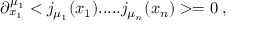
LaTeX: \partial _ { x _ { 1 } } ^ { \mu _ { 1 } } < j _ { \mu _ { 1 } } ( x _ { 1 } ) . . . . . j _ { \mu _ { n } } ( x _ { n } ) > = 0 \; ,